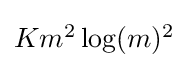
{\textstyle Km^{2}\log(m)^{2}}